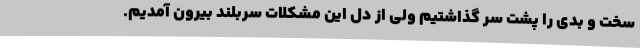
سخت و بدی را پشت سر گذاشتیم ولی از دل این مشکلات سربلند بیرون آمدیم.